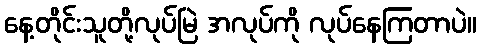
နေ့တိုင်းသူတို့လုပ်မြဲ အလုပ်ကို လုပ်နေကြတာပဲ။